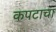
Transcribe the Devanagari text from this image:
कपटाचा